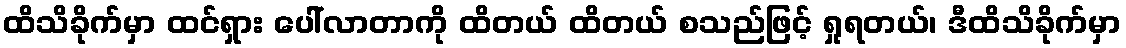
ထိသိခိုက်မှာ ထင်ရှား ပေါ်လာတာကို ထိတယ် ထိတယ် စသည်ဖြင့် ရှုရတယ်၊ ဒီထိသိခိုက်မှာ